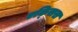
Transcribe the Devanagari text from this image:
एक्‍सिस